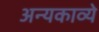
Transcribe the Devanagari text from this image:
अन्यकाव्ये